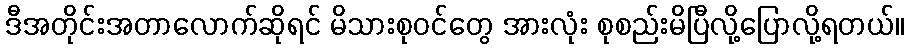
ဒီအတိုင်းအတာလောက်ဆိုရင် မိသားစုဝင်တွေ အားလုံး စုစည်းမိပြီလို့ပြောလို့ရတယ်။